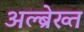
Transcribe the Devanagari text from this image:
अल्ब्रेख्त